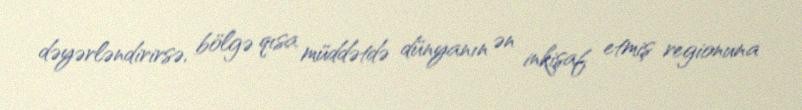
dəyərləndirirsə, bölgə qısa müddətdə dünyanın ən inkişaf etmiş regionuna